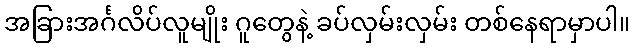
အခြားအင်္ဂလိပ်လူမျိုး ဂူတွေနဲ့ ခပ်လှမ်းလှမ်း တစ်နေရာမှာပါ။